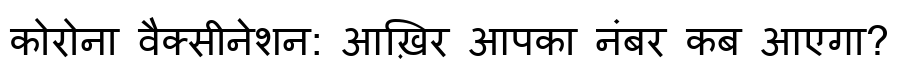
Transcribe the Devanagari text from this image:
कोरोना वैक्सीनेशन: आख़िर आपका नंबर कब आएगा?